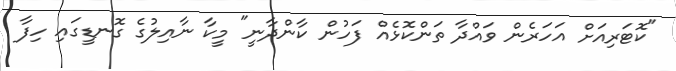
"ކޮޓަރިއަށް އަހަރެން ވައްދާ ތަންކޮޅެއް ފަހުން ކާންދާނީ" މީކާ ނާއިލުގެ ގޮނޑީގައި ހިފާ